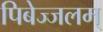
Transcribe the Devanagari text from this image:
पिबेज्जलम्